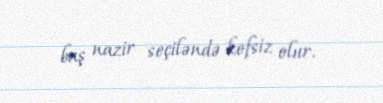
baş nazir seçiləndə kefsiz olur.